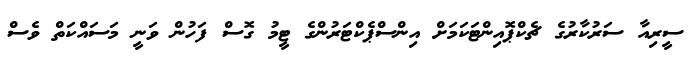
ސީރިއާ ސަރުކާރުގެ ޗެކްޕޮއިންޓަކަމަށް އިންސްޕެކްޓަރުންގެ ޓީމު ގޮސް ފަހުން ވަނީ މަސައްކަތް ވެސް